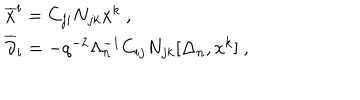
\begin{array} { l } { { { \overline { { x } } ^ { i } } = C _ { j i } N _ { j k } x ^ { k } ~ , } } \\ { { { \overline { { \partial } } _ { i } } = - q ^ { - 2 } \Lambda _ { n } ^ { - 1 } C _ { i j } N _ { j k } [ \Delta _ { n } , x ^ { k } ] ~ , } } \\ \end{array}